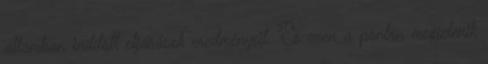
államban indított eljárások eredményeit. És ezen a ponton megjelenik